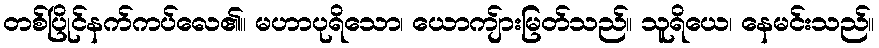
တစ်ပြိုင်နက်ကပ်လေ၏။ မဟာပုရိသော၊ ယောကျ်ားမြတ်သည်။ သူရိယေ၊ နေမင်းသည်။